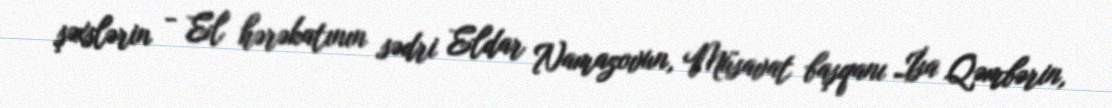
şəxslərin - El hərəkatının sədri Eldar Namazovun, Müsavat başqanı İsa Qəmbərin,